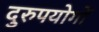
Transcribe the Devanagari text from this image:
दुरुपयोगों